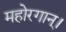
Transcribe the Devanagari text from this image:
महोरगान्।